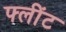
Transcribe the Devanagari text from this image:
फ्लींट